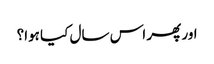
اور پھر اس سال کیا ہوا؟